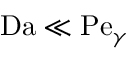
\mathrm { D a } \ll \mathrm { P e } _ { \gamma }